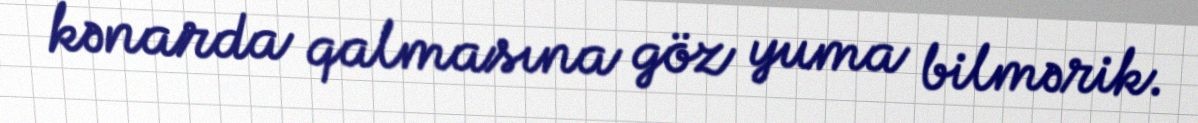
kənarda qalmasına göz yuma bilmərik.